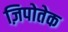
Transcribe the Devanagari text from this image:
ज़िपोतेक